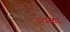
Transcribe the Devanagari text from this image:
उधळा